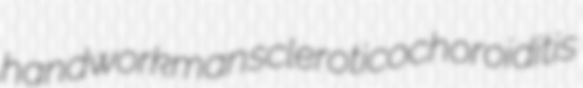
handworkman scleroticochoroiditis